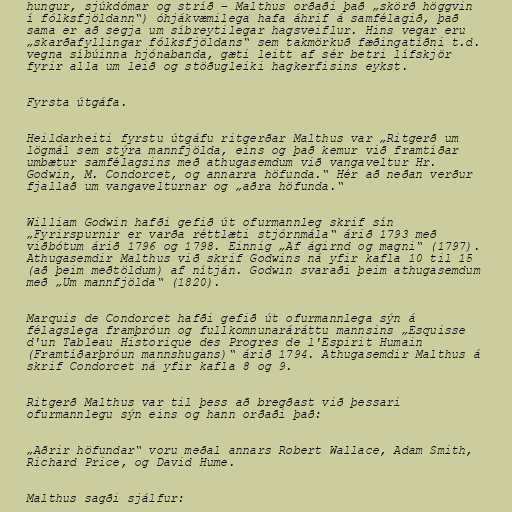
hungur, sjúkdómar og stríð – Malthus orðaði það „skörð höggvin
í fólksfjöldann“) óhjákvæmilega hafa áhrif á samfélagið, það
sama er að segja um síbreytilegar hagsveiflur. Hins vegar eru
„skarðafyllingar fólksfjöldans“ sem takmörkuð fæðingatíðni t.d.
vegna síbúinna hjónabanda, gæti leitt af sér betri lífskjör
fyrir alla um leið og stöðugleiki hagkerfisins eykst.

Fyrsta útgáfa.

Heildarheiti fyrstu útgáfu ritgerðar Malthus var „Ritgerð um
lögmál sem stýra mannfjölda, eins og það kemur við framtíðar
umbætur samfélagsins með athugasemdum við vangaveltur Hr.
Godwin, M. Condorcet, og annarra höfunda.“ Hér að neðan verður
fjallað um vangavelturnar og „aðra höfunda.“

William Godwin hafði gefið út ofurmannleg skrif sín
„Fyrirspurnir er varða réttlæti stjórnmála“ árið 1793 með
viðbótum árið 1796 og 1798. Einnig „Af ágirnd og magni“ (1797).
Athugasemdir Malthus við skrif Godwins ná yfir kafla 10 til 15
(að þeim meðtöldum) af nítján. Godwin svaraði þeim athugasemdum
með „Um mannfjölda“ (1820).

Marquis de Condorcet hafði gefið út ofurmannlega sýn á
félagslega framþróun og fullkomnunaráráttu mannsins „Esquisse
d'un Tableau Historique des Progres de l'Espirit Humain
(Framtíðarþróun mannshugans)“ árið 1794. Athugasemdir Malthus á
skrif Condorcet ná yfir kafla 8 og 9.

Ritgerð Malthus var til þess að bregðast við þessari
ofurmannlegu sýn eins og hann orðaði það:

„Aðrir höfundar“ voru meðal annars Robert Wallace, Adam Smith,
Richard Price, og David Hume.

Malthus sagði sjálfur: